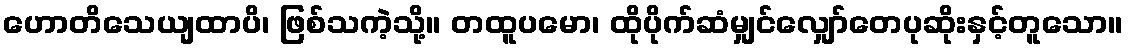
ဟောတိသေယျထာပိ၊ ဖြစ်သကဲ့သို့။ တထူပမော၊ ထိုပိုက်ဆံမျှင်လျှော်တေပုဆိုးနှင့်တူသော။